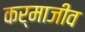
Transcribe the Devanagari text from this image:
कर्माजीव